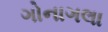
ગોનાગલા